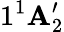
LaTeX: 1^{1}\mathbf{A}_{2}^{\prime}